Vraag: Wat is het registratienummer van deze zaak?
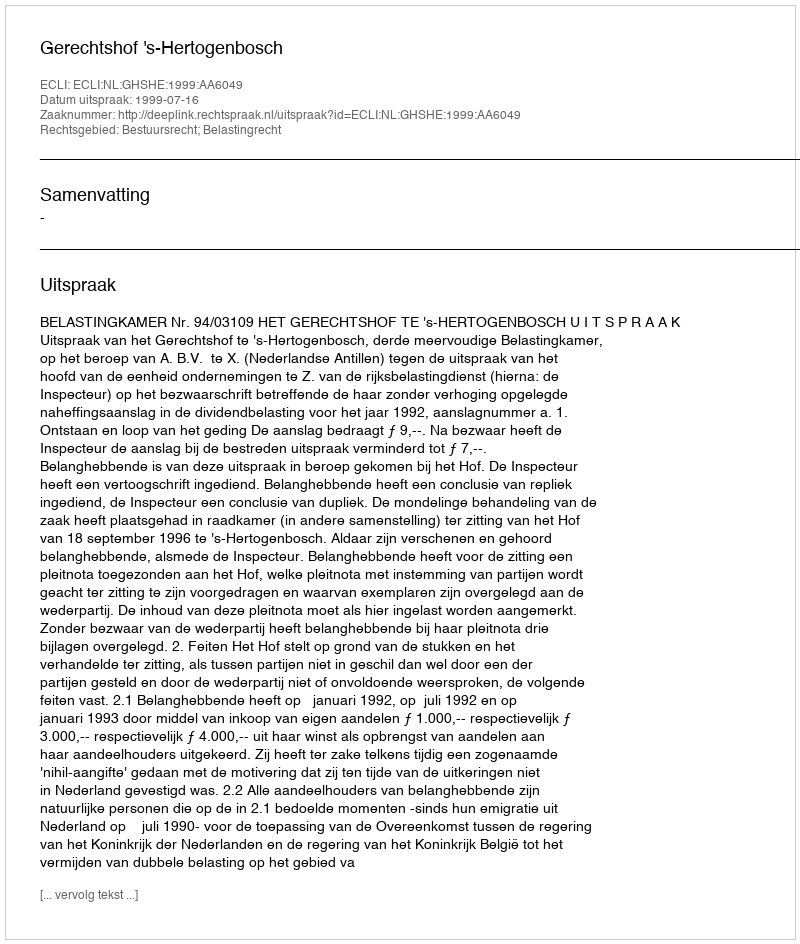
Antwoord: http://deeplink.rechtspraak.nl/uitspraak?id=ECLI:NL:GHSHE:1999:AA6049